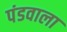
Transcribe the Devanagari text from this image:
पंडवाला